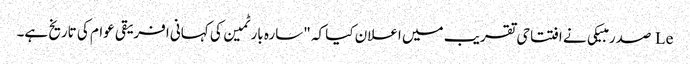
Le صدر مبیکی نے افتتاحی تقریب میں اعلان کیا کہ "سارہ بارٹمین کی کہانی افریقی عوام کی تاریخ ہے۔